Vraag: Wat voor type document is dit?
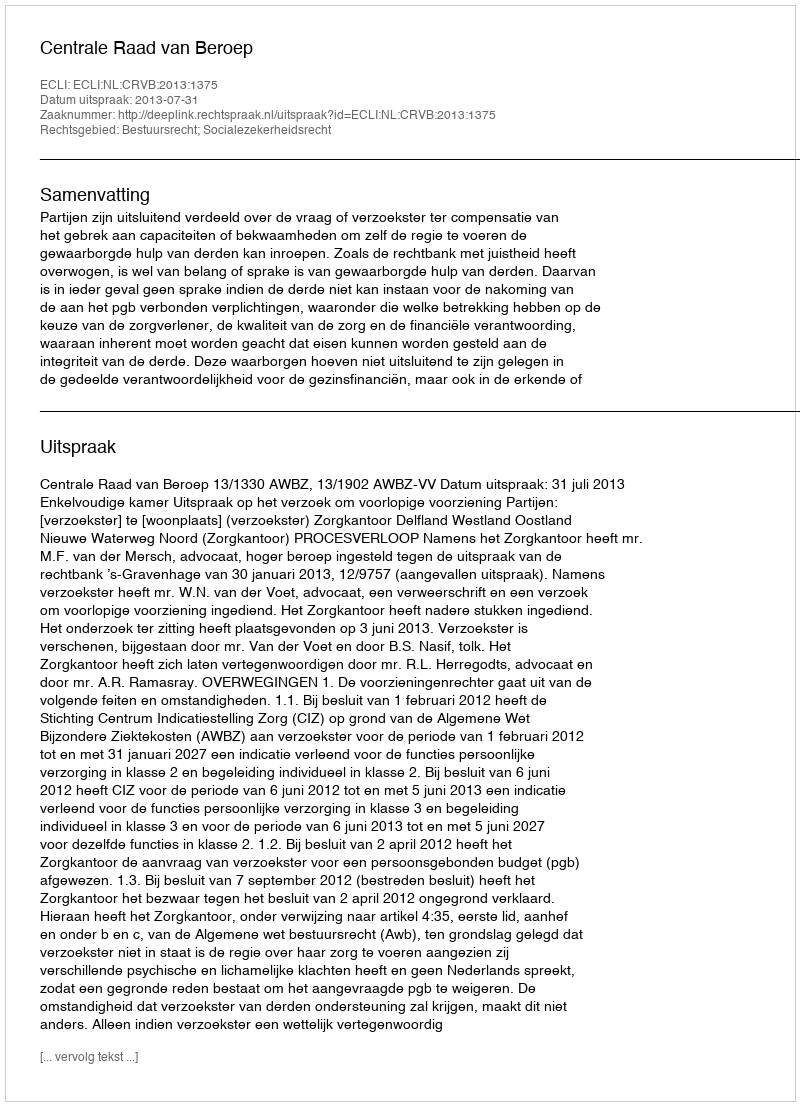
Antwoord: Uitspraak